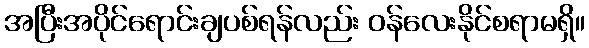
အပြီးအပိုင်ရောင်းချပစ်ရန်လည်း ဝန်လေးနိုင်စရာမရှိ။